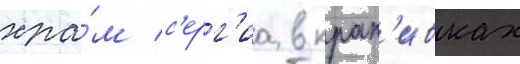
хра́м с'ерг'иа в крап'ивках